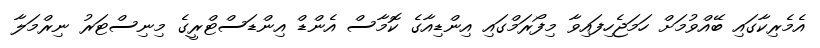
އެމެރިކާގައި ބޭއްވުމަށް ހަމަޖެހިފައިވާ މިފޯރަމްގައި އިންޑިއާގެ ކޮމާސް އެންޑް އިންޑަސްޓްރީގެ މިނިސްޓަރު ނިރްމަލާ